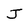
Character: J